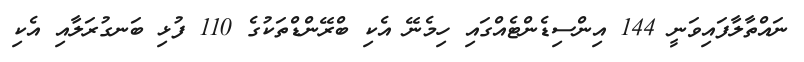
ނައްތާލާފައިވަނީ 144 އިންސިޑެންޓެއްގައި ހިމެނޭ އެކި ބްރޭންޑްތަކުގެ 110 ފުޅި ބަނގުރަލާއި އެކި